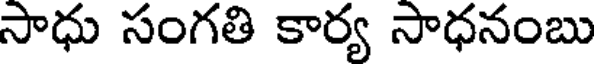
సాధు సంగతి కార్య సాధనంబు